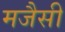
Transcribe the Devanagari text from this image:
मजैसी